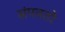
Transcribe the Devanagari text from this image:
संपवतो